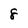
Character: 8